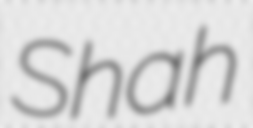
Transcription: Shah